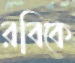
রবিকে